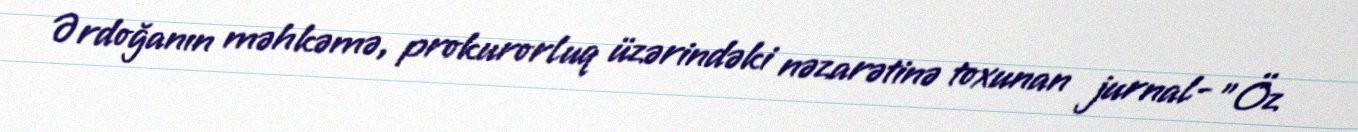
Ərdoğanın məhkəmə, prokurorluq üzərindəki nəzarətinə toxunan jurnal- "Öz